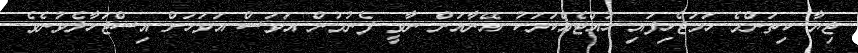
ޖިޔާ ކިތަންމެ ހަމަޖެހިފައި ހުއްޓެއްކަމަކު އޭނާއަށް ނާވީ ފެނުމުން އަވަސް އަވަހަށް އިސްޖަހާލެވުނެވެ.